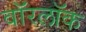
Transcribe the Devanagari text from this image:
वॉरलॉक